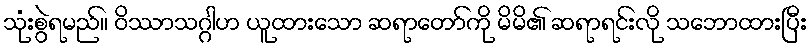
သုံးစွဲရမည်။ ဝိဿာသဂ္ဂါဟ ယူထားသော ဆရာတော်ကို မိမိ၏ ဆရာရင်းလို သဘောထားပြီး